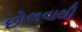
છોલવાથી